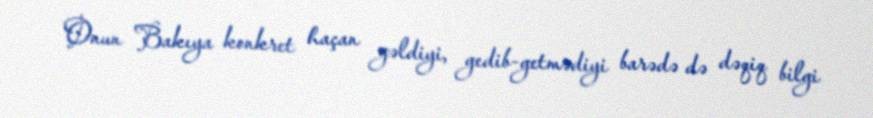
Onun Bakıya konkret haçan gəldiyi, gedib-getmədiyi barədə də dəqiq bilgi